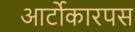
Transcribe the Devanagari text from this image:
आर्टोकारपस